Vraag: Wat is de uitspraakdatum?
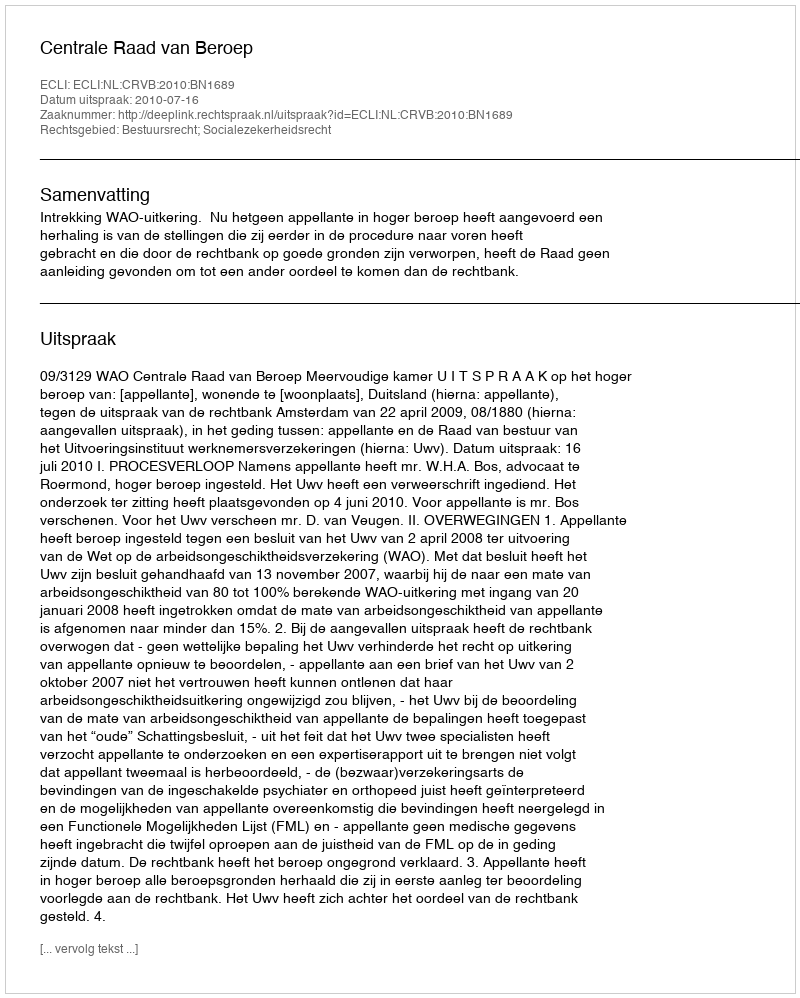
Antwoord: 2010-07-16